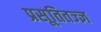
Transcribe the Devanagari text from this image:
प्रसूतितज्‍ज्ञ